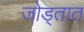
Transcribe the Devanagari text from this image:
जोड्तात